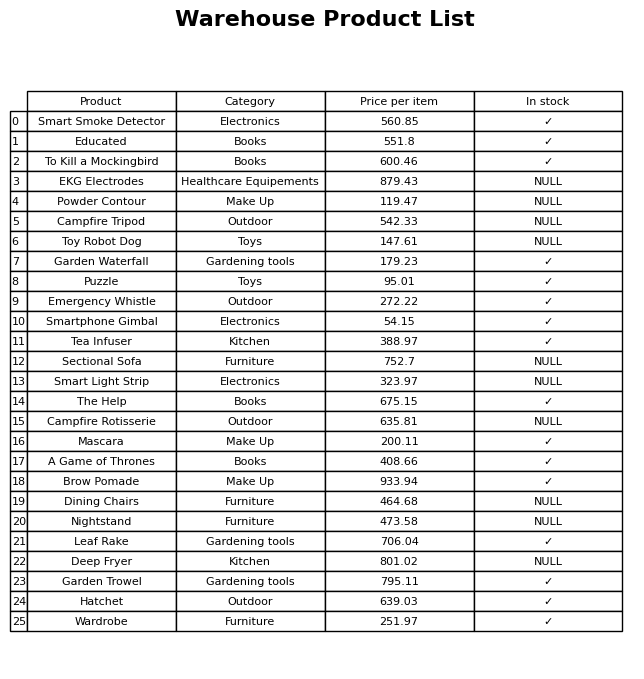
question: What is the price of the Hatchet?
answer: The price of Hatchet is 639.03.